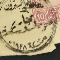
معاملة البترون مختار صورات رشكده سنة ١٩٢٨